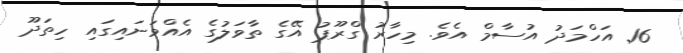
16